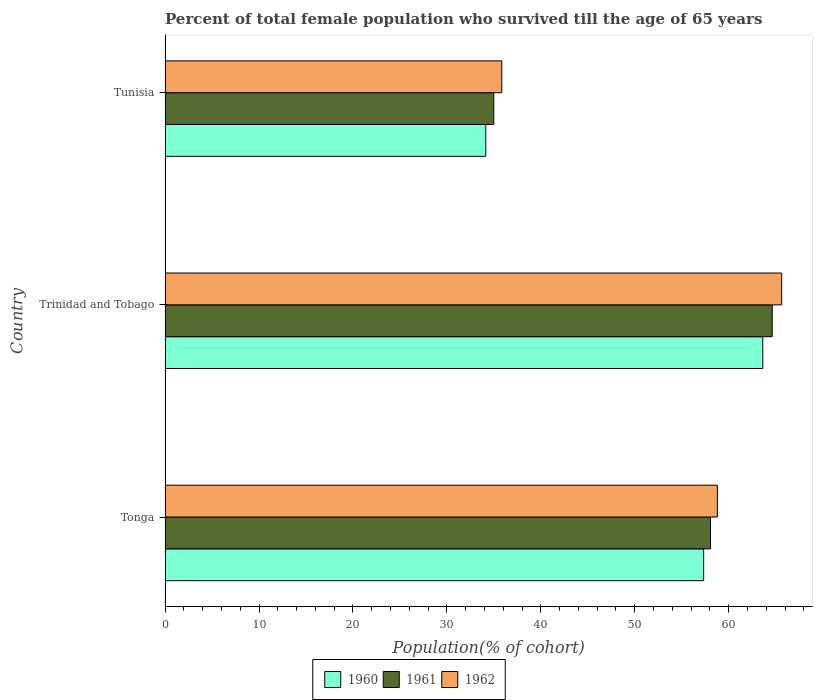
| Country | 1960 | 1961 | 1962 |
 | --- | --- | --- | --- |
 | Tonga | 57.3 | 58.1 | 58.8 |
 | Trinidad and Tobago | 63.6 | 64.6 | 65.6 |
 | Tunisia | 34.1 | 35 | 35.8 |